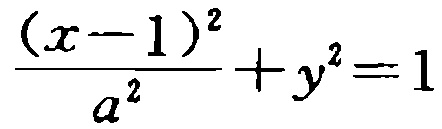
\frac{(x - 1)^2}{a^2} + y^2 = 1